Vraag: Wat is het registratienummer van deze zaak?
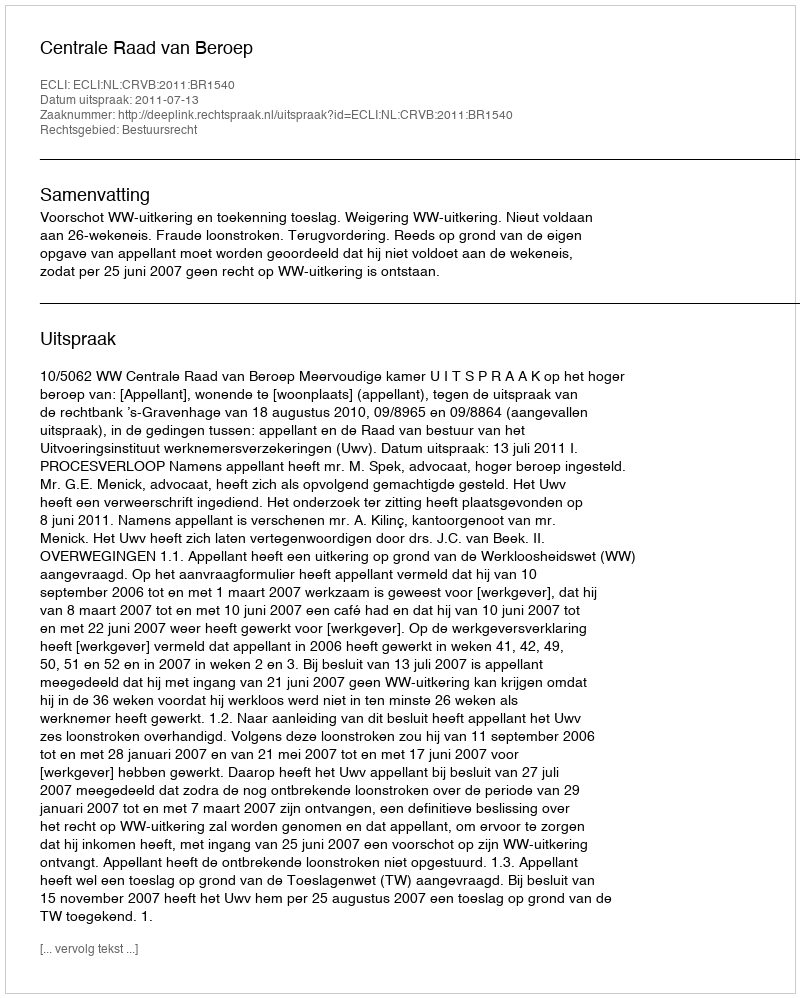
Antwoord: http://deeplink.rechtspraak.nl/uitspraak?id=ECLI:NL:CRVB:2011:BR1540